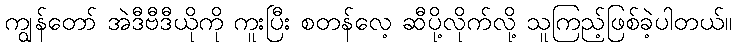
ကျွန်တော် အဲဒီဗီဒီယိုကို ကူးပြီး စတန်လေ့ ဆီပို့လိုက်လို့ သူကြည့်ဖြစ်ခဲ့ပါတယ်။